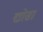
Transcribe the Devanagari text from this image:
द्योसा